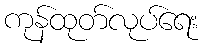
ကုန်ထုတ်လုပ်ရေး